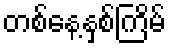
တစ်နေ့နှစ်ကြိမ်